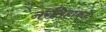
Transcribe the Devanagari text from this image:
नरसिहाकडे